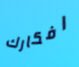
افكارك